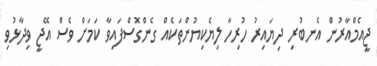
ޖީއެމްއާރުން އެނބުރި ދިޔައިރު ހުރިހާ ލިޔެކިޔުންތަކެއް ގެންގޮސްފައިވާ ކަމަށް ވެސް އޭޖީ ވިދާޅުވި